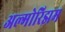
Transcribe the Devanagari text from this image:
अल्गोरिझम